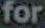
for